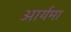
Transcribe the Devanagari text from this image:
आर्यमा